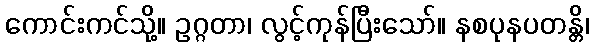
ကောင်းကင်သို့။ ဥဂ္ဂတာ၊ လွင့်ကုန်ပြီးသော်။ နစပုနပတန္တိ၊